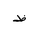
Letter: _za